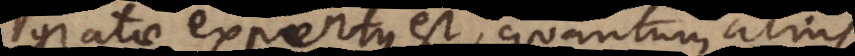
gratae expertus est, quantum alius